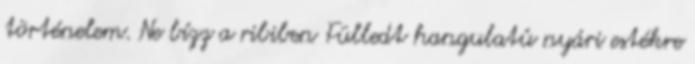
történelem. Ne bízz a ribiben Fülledt hangulatú nyári estékre